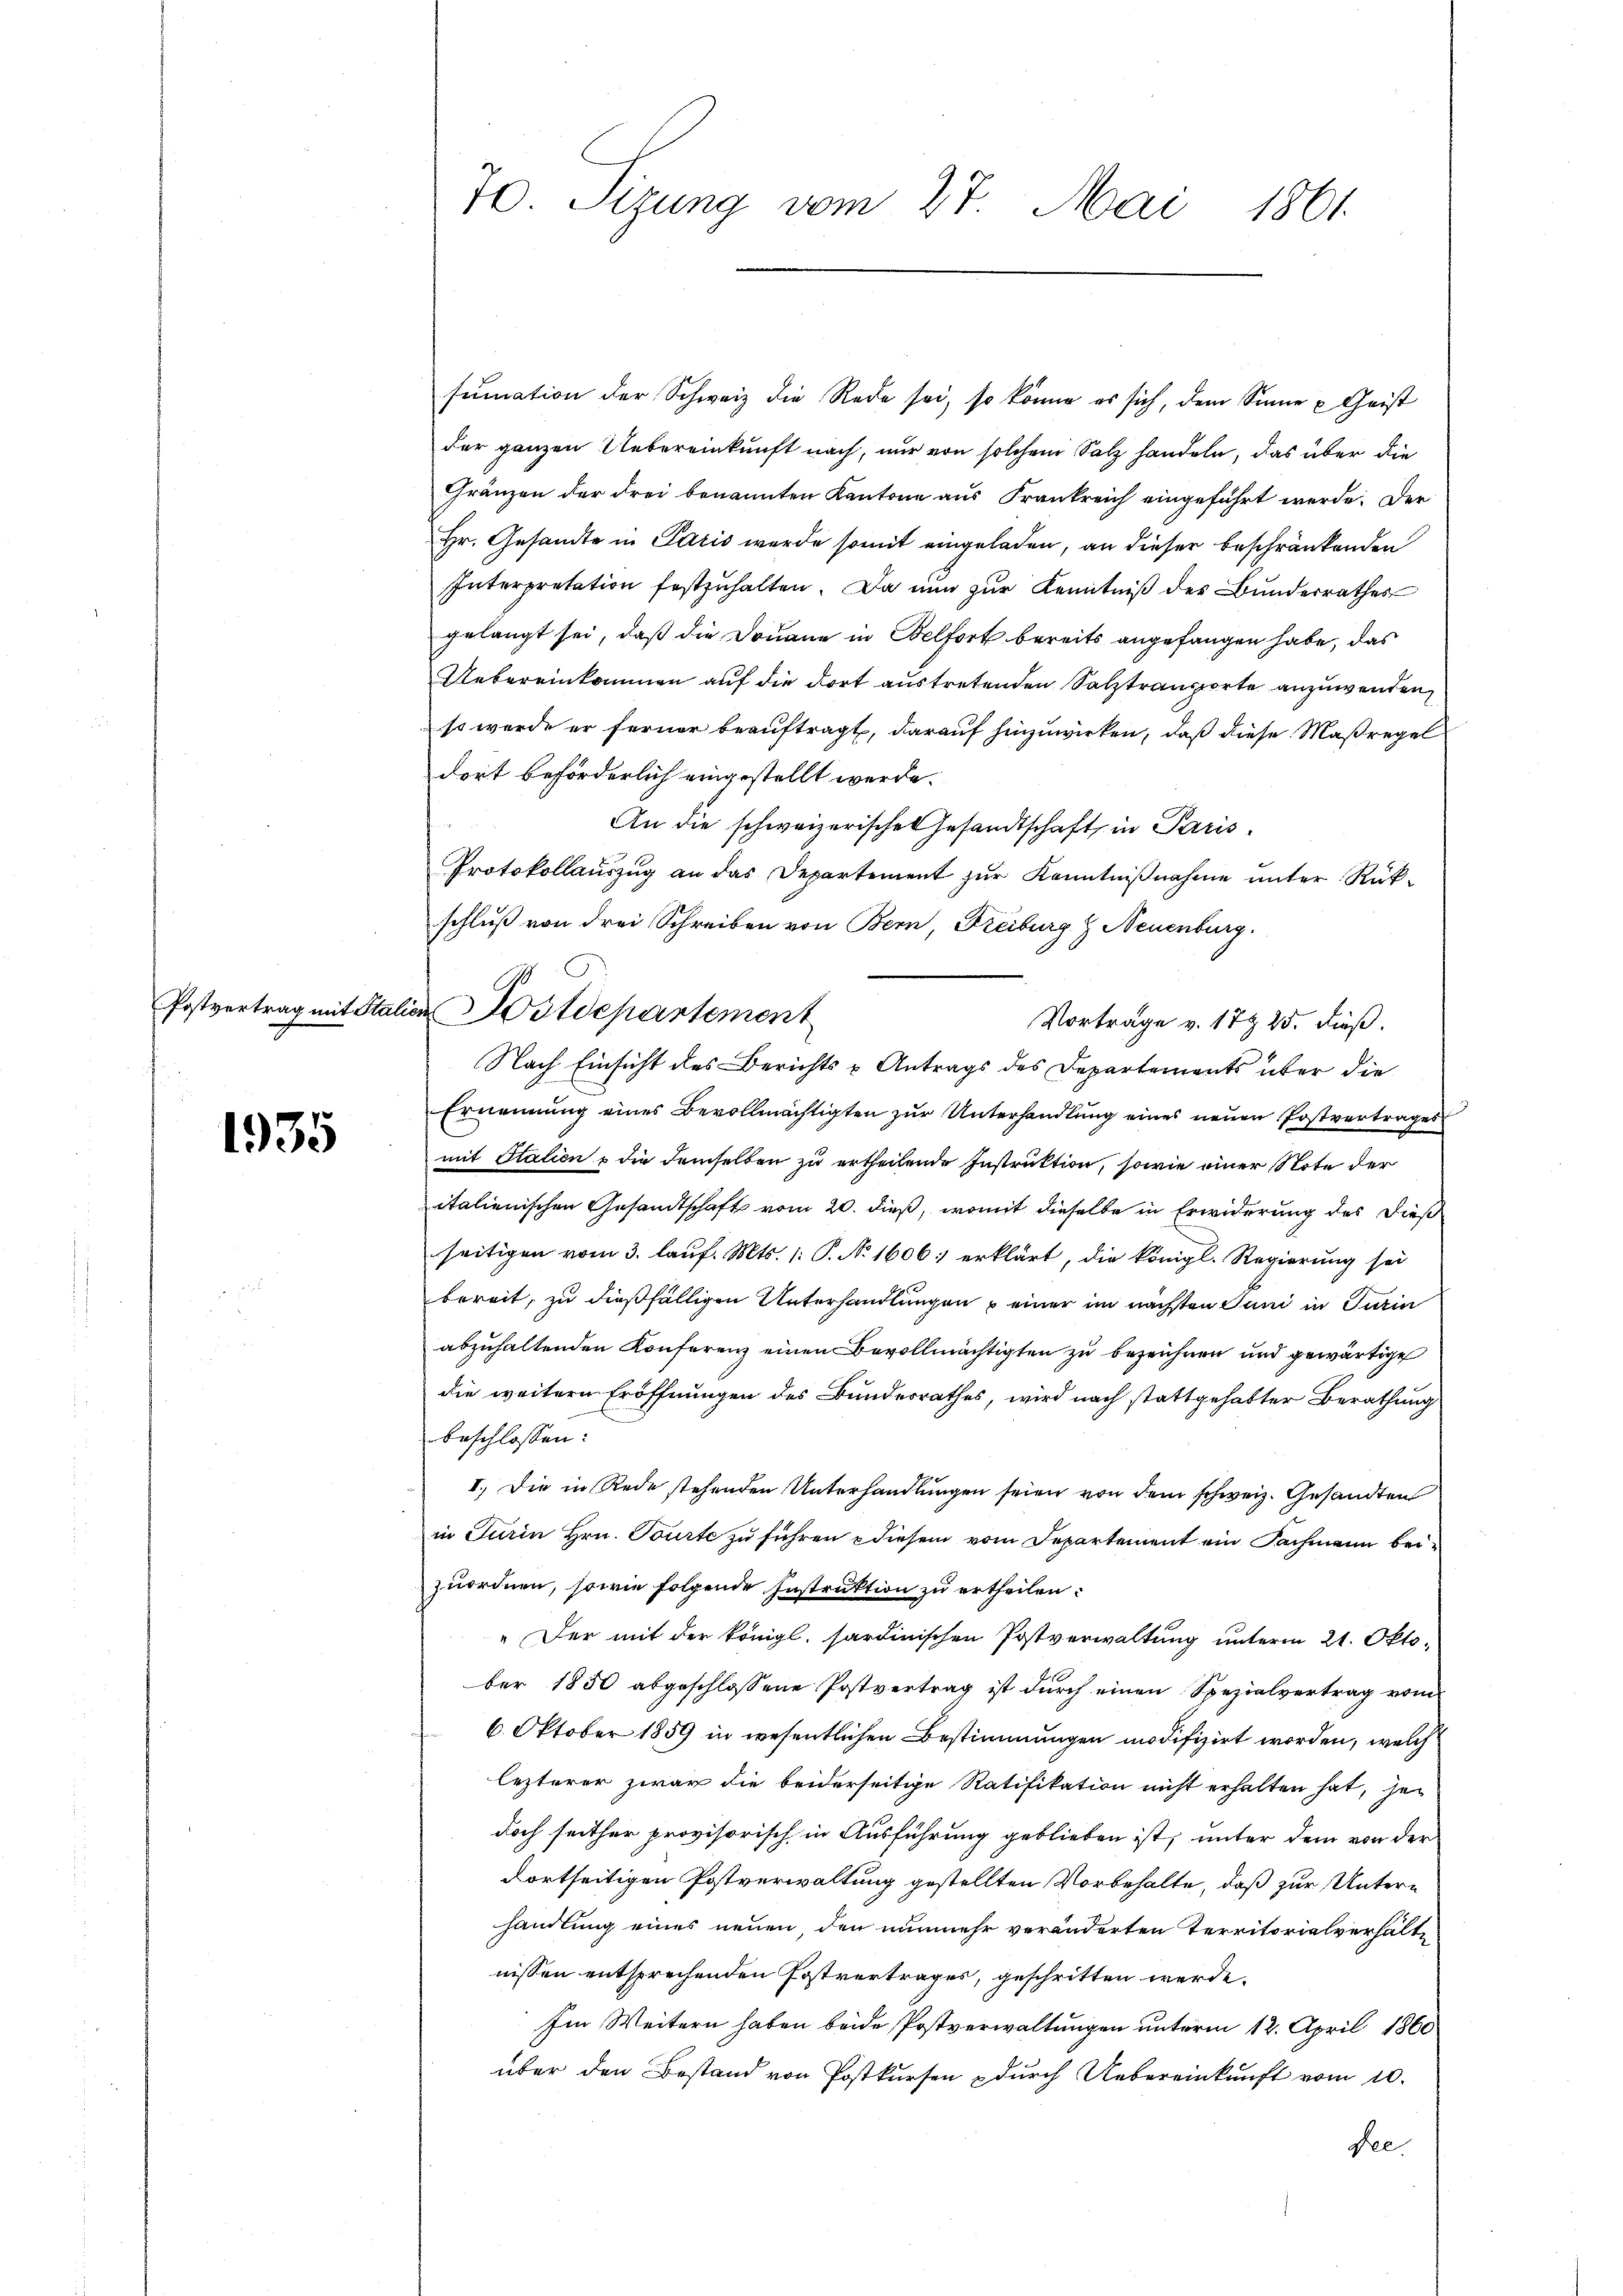
1935

fumation der Schweiz die Rede sei, so könne es sich, dem Sinne u Geist
der ganzen Uebereinkunft nach, nur von solchem Salz handeln, das über die
Gränzen der drei benannten Kantone aus Frankreich eingeführt werde. Der
Hr. Gesandte in Paris werde somit eingeladen, an dieser beschränkenden
Interpretation festzuhalten. Da nun zur Kenntniß der Bunderrathes
gelangt sei, daß die Douane in Belfort bereits angefangen habe, das
Uebereinkommen auf die dort austretenden Salztraporte anzuwenden,
so werde er ferner beauftragt, darauf hinzuwirken, daß diese Maßregel
dort beförderlich eingestellt werde.
An die schweizerische Gesandtschaft, in Paris
Protokollauszug an das Departement zur Kenntnißnahme unter Rükschluß von drei Schreiben von Bern, Freiburg, Neuenburg.
Vorträge v. 179 25. dieß.
Nach Einsicht des Berichts & Antrags des Departements über die
Ernennung eines Bevollmächtigten zŭr Unterhandlung eines neuen Postvertrages
mit Stalien & die demselben zu ertheilende Instruktion, sowie einer Note der
italienischen Gesandtschaft vom 20. dieß, womit dieselbe in Erwiderung des Dieß
seitigen vom 3. laŭf. Mts. 1: P. No 1606 erklärt, die königl. Regierung sei
bereit, zu dießfälligen Unterhandlungen einer im nächsten Juni in Turia
abzuhaltenden Konferenz einen Bevollmächtigten zu bezeichnen und gewärtige
die weitern Eröffnungen des Bundesrathes, wird nach stattgehabter Berathung
beschlossen:
II.) Die in Rede stehenden Unterhandlungen seien von dem schweiz. Gesandten
in Jurin Hrn. Tourte zu führen & diesem vom Departement ein Fachmann beizuordnen, sowie folgende Instruktion zu ertheilen.
„Der mit der königl. sardinischen Postverwaltung unterm 21. Oktober 1850 abgeschlossene Postvertrag ist durch einen Spezialvertrag vom
6. Oktober 1859 in wesentlichen Bestimmungen modifizirt worden, welch
lezterer zwar die beiderseitige Ratifikation nicht erhalten hat, jedoch seither provisorisch in Ausführung geblieben ist, unter dem von der
dortseitigen Postverwaltung gestellten Vorbehalte, daß zur Unterhandlung eines neuen den nunmehr veränderten Territorialverhältnissen entsprechenden Postvertrages, geschritten werde.
Im Weitern haben beide Postverwaltungen unterm 12. April 1860
über den Bestand von Postkursen durch Uebereinkunft vom 10.
Rec.

70. Sizung vom 27. Mai 1861

Postvertrag mit Station Postdepartement